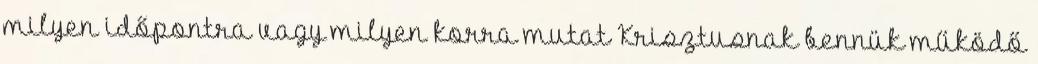
milyen időpontra vagy milyen korra mutat Krisztusnak bennük működő